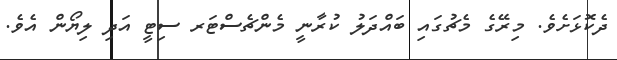
ދެކޮޅަށެވެ. މިރޭގެ މެޗުގައި ބައްދަލު ކުރާނީ މެންޗެސްޓަރ ސިޓީ އަދި ލިޔޯން އެވެ.